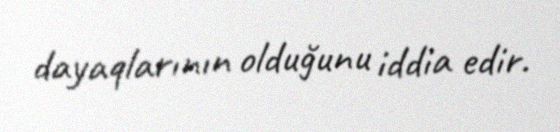
dayaqlarının olduğunu iddia edir.